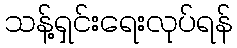
သန့်ရှင်းရေးလုပ်ရန်